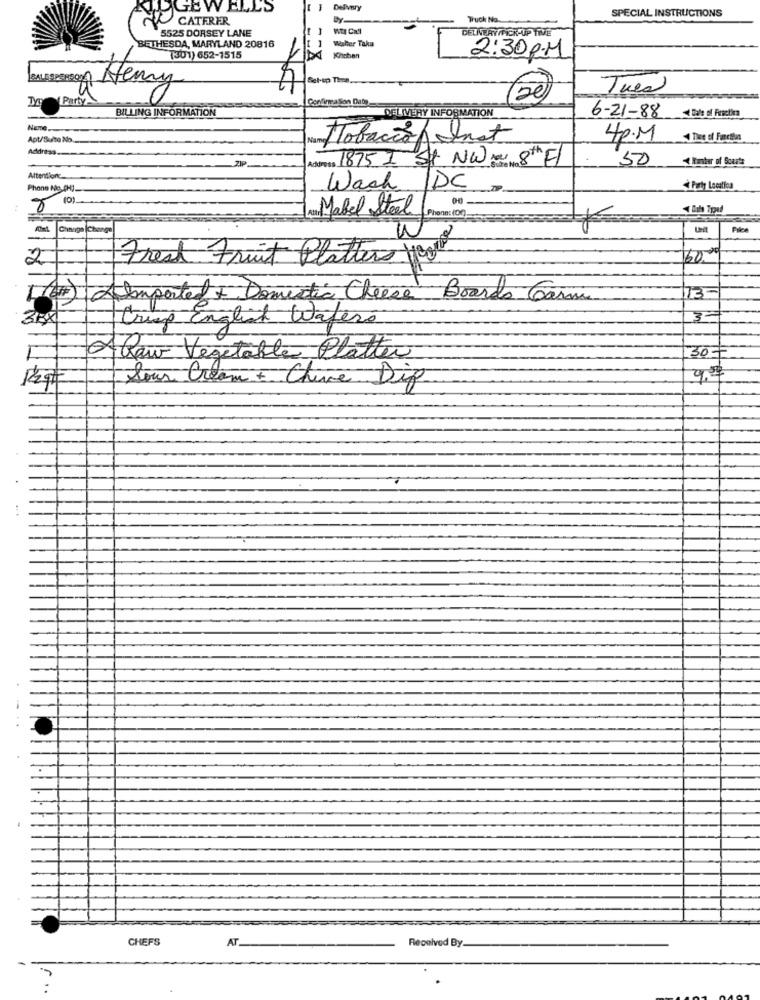
GEWELLS
-
SPECIAL INSTRUCTIONS
CATERER
Truck Na.
5525 DORSEY LANE
Wty Ca'l
DELNEAY/FICK-UP TIVE
BETHESDA, MARYLAND 20816
Walter Taka
[301) 652-1515
2:30 PM
Henry
Set-up Time
Tues
Party
BILLING INFORMATION
DELIVERY INFORMATION
6-21-88
Name
Apt/Suite No.
ITobacco Inot
4P.M
Address ...
Address 1875 I St NW Me 8th FI
50
Attentionc.
Phone Ne PH).
Wash /DC
Party Locatiea
8 10).
00
Aunt Mabel Steal
Phone: (00)
ys
Fast Charge Change
Una Pice
2
Frest Fruit Platters Hole
5000
[&#)\ Alimported + Domestic Cheese Boards Carni
13-
3BX
Crisp English Waferó
Alaw Vegetable Platter
30
our Cream + Chine Dip
.
CHEFS
AT
Received By